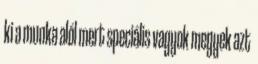
ki a munka alól mert speciális vagyok megyek azt